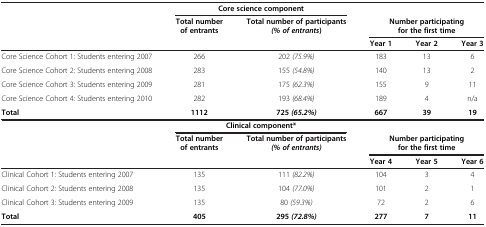
<table><thead><tr><td>[EMPTY_CELL]</td><td colspan="2"><b>Core science component</b></td><td>[EMPTY_CELL]</td><td>[EMPTY_CELL]</td><td>[EMPTY_CELL]</td></tr><tr><td rowspan="2">[EMPTY_CELL]</td><td rowspan="2"><b>Total number of entrants</b></td><td rowspan="2"><b>Total number of participants <i>(% of entrants</i>)</b></td><td colspan="3"><b>Number participating for the first time</b></td></tr><tr><td><b>Year 1</b></td><td><b>Year 2</b></td><td><b>Year 3</b></td></tr></thead><tbody><tr><td>Core Science Cohort 1: Students entering 2007</td><td>266</td><td>202 <i>(75.9%)</i></td><td>183</td><td>13</td><td>6</td></tr><tr><td>Core Science Cohort 2: Students entering 2008</td><td>283</td><td>155 <i>(54.8%)</i></td><td>140</td><td>13</td><td>2</td></tr><tr><td>Core Science Cohort 3: Students entering 2009</td><td>281</td><td>175 <i>(62.3%)</i></td><td>155</td><td>9</td><td>11</td></tr><tr><td>Core Science Cohort 4: Students entering 2010</td><td>282</td><td>193 <i>(68.4%)</i></td><td>189</td><td>4</td><td>n/a</td></tr><tr><td><b>Total</b></td><td><b>1112</b></td><td><b>725 </b><b><i>(65.2%)</i></b></td><td><b>667</b></td><td><b>39</b></td><td><b>19</b></td></tr><tr><td>[EMPTY_CELL]</td><td colspan="2"><b>Clinical component*</b></td><td>[EMPTY_CELL]</td><td>[EMPTY_CELL]</td><td>[EMPTY_CELL]</td></tr><tr><td rowspan="2">[EMPTY_CELL]</td><td rowspan="2"><b>Total number of entrants</b></td><td rowspan="2"><b>Total number of participants </b><b><i>(% of entrants)</i></b></td><td colspan="3"><b>Number participating for the first time</b></td></tr><tr><td><b>Year 4</b></td><td><b>Year 5</b></td><td><b>Year 6</b></td></tr><tr><td>Clinical Cohort 1: Students entering 2007</td><td>135</td><td>111 <i>(82.2%)</i></td><td>104</td><td>3</td><td>4</td></tr><tr><td>Clinical Cohort 2: Students entering 2008</td><td>135</td><td>104 <i>(77.0%)</i></td><td>101</td><td>2</td><td>1</td></tr><tr><td>Clinical Cohort 3: Students entering 2009</td><td>135</td><td>80 <i>(59.3%)</i></td><td>72</td><td>2</td><td>6</td></tr><tr><td><b>Total</b></td><td><b>405</b></td><td><b>295 </b><b><i>(72.8%)</i></b></td><td><b>277</b></td><td><b>7</b></td><td><b>11</b></td></tr></tbody></table>